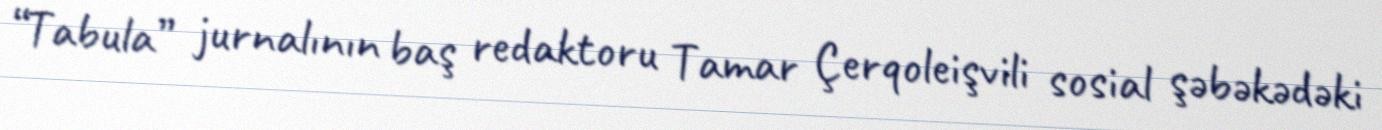
“Tabula” jurnalının baş redaktoru Tamar Çerqoleişvili sosial şəbəkədəki